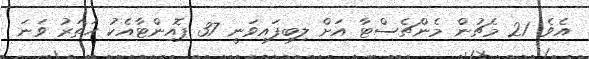
އެވެ. 21 މެޗުން މެންޗެސްޓާ އަށް ލިބިފައިވަނީ 37 ޕޮއިންޓާއެކު ހަތަރު ވަނަ